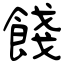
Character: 餞